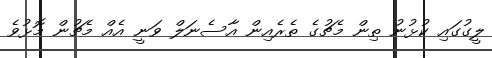
ލީގުގައި ކުޅުނު ތިން މެޗުގެ ތެރެއިން އާސެނަލް ވަނީ އެއް މެޗުން މޮޅުވެ